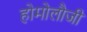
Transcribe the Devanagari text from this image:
होमोलौजी